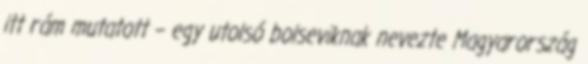
itt rám mutatott – egy utolsó bolseviknak nevezte Magyaror­szág